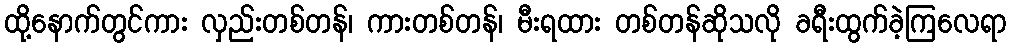
ထို့နောက်တွင်ကား လှည်းတစ်တန်၊ ကားတစ်တန်၊ မီးရထား တစ်တန်ဆိုသလို ခရီးထွက်ခဲ့ကြလေရာ